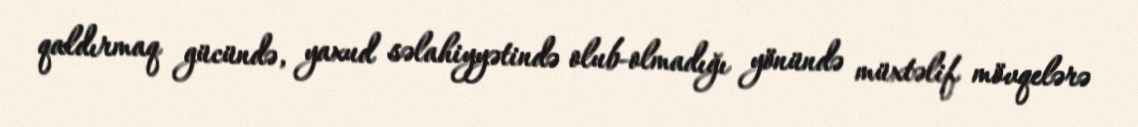
qaldırmaq gücündə, yaxud səlahiyyətində olub-olmadığı yönündə müxtəlif mövqelərə